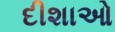
દીશાઓ